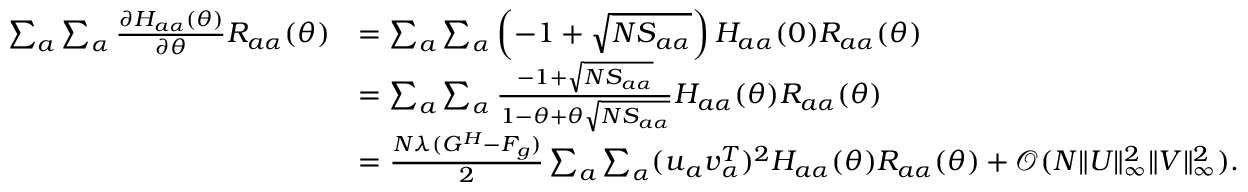
\begin{array} { r l } { \sum _ { a } \sum _ { \alpha } \frac { \partial H _ { a \alpha } ( \theta ) } { \partial \theta } R _ { a \alpha } ( \theta ) } & { = \sum _ { a } \sum _ { \alpha } \left( - 1 + \sqrt { N S _ { a \alpha } } \right) H _ { a \alpha } ( 0 ) R _ { a \alpha } ( \theta ) } \\ & { = \sum _ { a } \sum _ { \alpha } \frac { - 1 + \sqrt { N S _ { a \alpha } } } { 1 - \theta + \theta \sqrt { N S _ { a \alpha } } } H _ { a \alpha } ( \theta ) R _ { a \alpha } ( \theta ) } \\ & { = \frac { N \lambda ( G ^ { H } - F _ { g } ) } { 2 } \sum _ { a } \sum _ { \alpha } ( { \boldsymbol u } _ { a } { \boldsymbol v } _ { \alpha } ^ { T } ) ^ { 2 } H _ { a \alpha } ( \theta ) R _ { a \alpha } ( \theta ) + { \mathcal O } ( N \| { \boldsymbol U } \| _ { \infty } ^ { 2 } \| { \boldsymbol V } \| _ { \infty } ^ { 2 } ) . } \end{array}